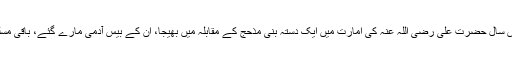
10 ھ…اس سال حضرت علی رضی اللہ عنہ کی امارت میں ایک دستہ بنی مذحج کے مقابلہ میں بھیجا، ان کے بیس آدمی مارے گئے، باقی مسلمان ہوئے۔